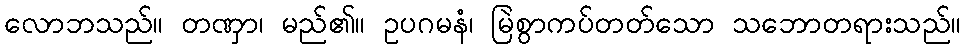
လောဘသည်။ တဏှာ၊ မည်၏။ ဥပဂမနံ၊ မြဲစွာကပ်တတ်သော သဘောတရားသည်။